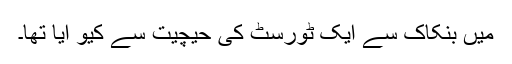
میں بنکاک سے ایک ٹورسٹ کی حیچیت سے کیو آیا تھا۔